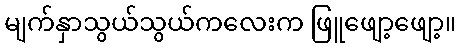
မျက်နှာသွယ်သွယ်ကလေးက ဖြူဖျော့ဖျော့။